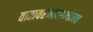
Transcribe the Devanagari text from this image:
वातावरणादरम्यानच